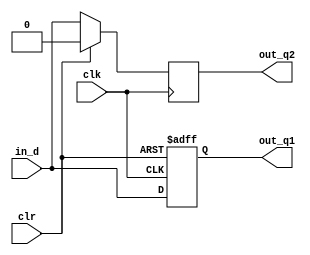
/*module lab04_1_2(clk,D,R,S,en,Q1,QT1,Q2,QT2);
input D,R,S,en,clk;
output reg Q1,Q2;
output QT1,QT2;
always @(posedge clk)//D
begin
	if(en)  Q1 <= D;
	else Q1 <= Q1;
end
always @(posedge clk)//RS
begin
	if(en)
	begin
		case({R,S})
		2'b00:Q2 <= Q2;
		2'b01:Q2 <= 1;
		2'b10:Q2 <= 0;
		2'b11:Q2 <= 1'bx;
		endcase
	end
	else Q2 <= Q2;
end
assign QT1 = ~Q1;
assign QT2 = ~Q2;
endmodule*/
module lab04_1_2(clk,in_d,out_q1,out_q2,clr);
	input clk;
	input in_d;
	input clr;
	output reg out_q1,out_q2;
	always@(posedge clk or posedge clr)
	begin
		if(clr)
			out_q1 <= 0;
		else
			out_q1 <= in_d;
	end
	always@(negedge clk)
	begin
		if(clr)
			out_q2 <= 0;
		else
			out_q2 <= in_d;
	end
endmodule